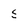
Character: 5